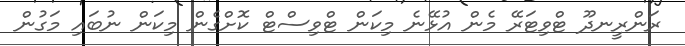
ރަންރީނދޫ ޓްވިޓަރޭ މެން އުޅޭނެ މިކަން ޓްވިސްޓް ކޮށްގެން މިކަން ނުބައި މަގުން